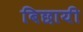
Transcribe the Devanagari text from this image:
बिछायी